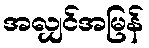
အလျှင်အမြန်